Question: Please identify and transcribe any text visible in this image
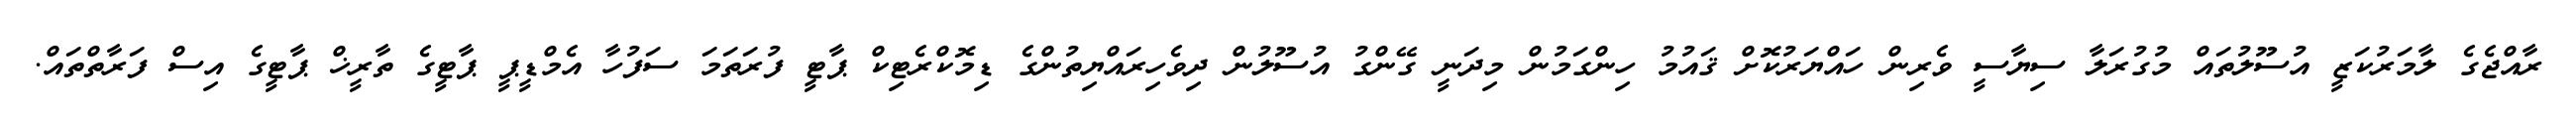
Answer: ރާއްޖެގެ ލާމަރުކަޒީ އުސޫލުތައް މުގުރަލާ ސިޔާސީ ވެރިން ހައްޔަރުކޮށް ޤައުމު ހިންގަމުން މިދަނީ ގޭންގު އުސޫލުން ދިވެހިރައްޔިތުންގެ ޑިމޮކްރެޓިކް ޕާޓީ ފުރަތަމަ ސަފުހާ އެމްޑީޕީ ޕާޓީގެ ތާރީޚް ޕާޓީގެ އިސް ފަރާތްތައް.